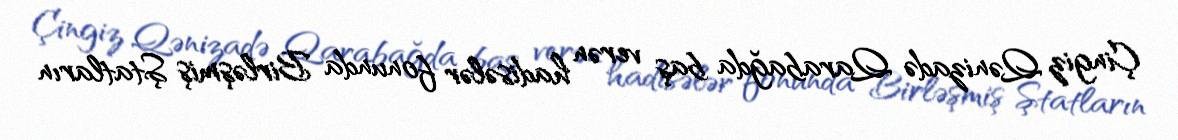
Çingiz Qənizadə Qarabağda baş verən hadisələr fonunda Birləşmiş Ştatların